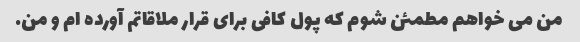
من می خواهم مطمئن شوم که پول کافی برای قرار ملاقاتم آورده ام و من.